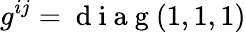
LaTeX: g^{ij}=\mathrm{~d~i~a~g~}(1,1,1)